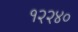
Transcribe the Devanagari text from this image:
१२२४०